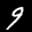
Label: 9